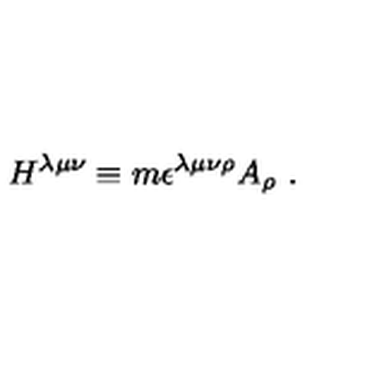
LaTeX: H ^ { \lambda \mu \nu } \equiv m \epsilon ^ { \lambda \mu \nu \rho } A _ { \rho } \ .